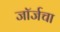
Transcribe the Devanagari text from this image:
जॉर्जचा